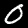
Digit: 0